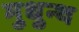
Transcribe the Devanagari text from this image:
मुधुन्थ